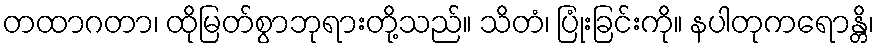
တထာဂတာ၊ ထိုမြတ်စွာဘုရားတို့သည်။ သိတံ၊ ပြုံးခြင်းကို။ နပါတုကရောန္တိ၊